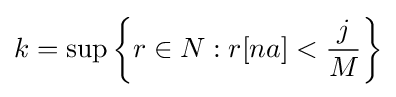
k=\sup \left\{r\in N:r[na]<{\frac {j}{M}}\right\}